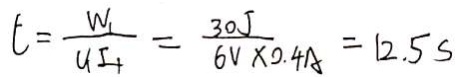
t = \frac { W _ { 1 } } { U _ { 1 } I _ { 1 } } = \frac { 3 0 J } { 6 V \times 0 . 4 A } = 1 2 . 5 s